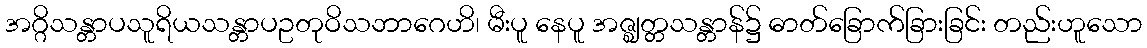
အဂ္ဂိသန္တာပသူရိယသန္တာပဥတုဝိသဘာဂေဟိ၊ မီးပူ နေပူ အဇ္ဈတ္တသန္တာန်၌ ဓာတ်ခြောက်ခြားခြင်း တည်းဟူသော